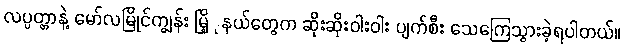
လပ္ပတ္တာနဲ့ မော်လမြိုင်ကျွန်း မြိ့ုနယ်တွေက ဆိုးဆိုးဝါးဝါး ပျက်စီး သေကြေသွားခဲ့ရပါတယ်။